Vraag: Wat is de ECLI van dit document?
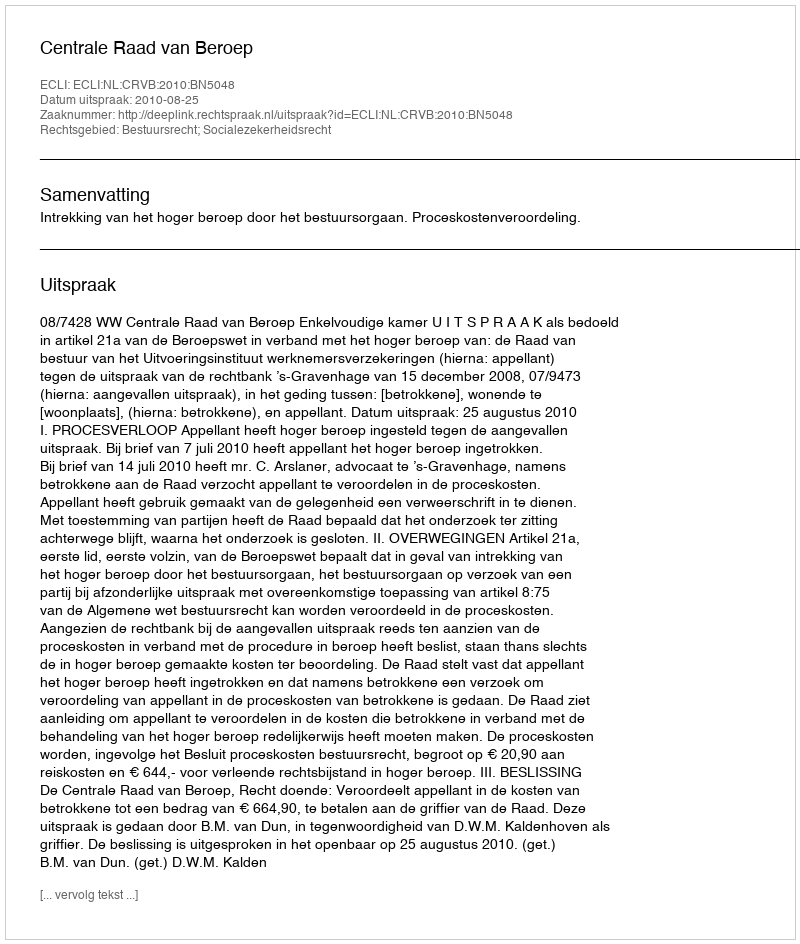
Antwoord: ECLI:NL:CRVB:2010:BN5048